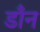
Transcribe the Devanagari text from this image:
डाँन